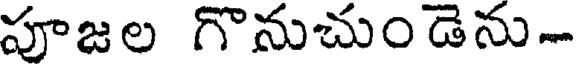
పూజల గొనుచుండెను-